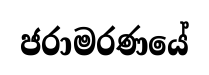
ජරාමරණයේ